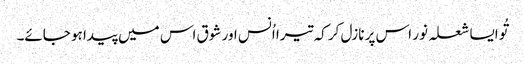
تُو ایسا شعلہ نور اس پر نازل کر کہ تیرا اُنس اور شوق اس میں پیدا ہو جائے۔